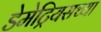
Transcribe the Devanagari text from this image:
डेमेट्रियसच्या